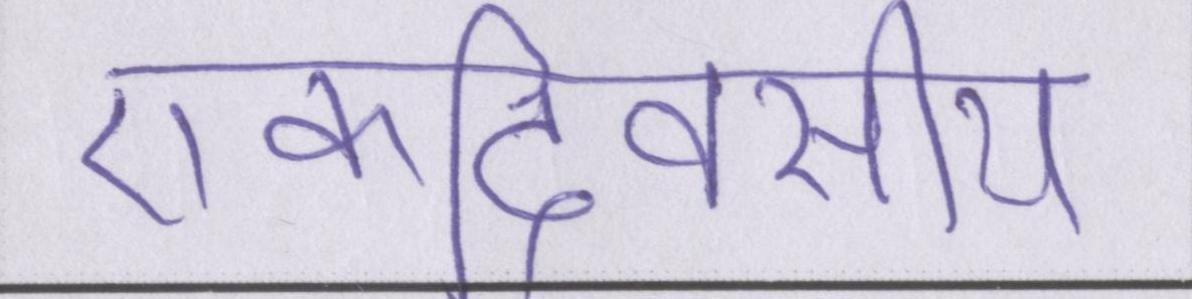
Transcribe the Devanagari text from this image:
एकदिवसीय